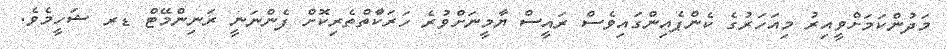
މަަދުންކަމަށްވީއިރު މިއަަހަރުގެ ކެންޕެއިންގައިވެސް ރައީސް ޔާމީނަށްވުރެ ހަރަކާްތްތެރިކޮށް ފެންނަނީ ރަަނިންމޭޓް ޑރ ޝަހީމެވެ.